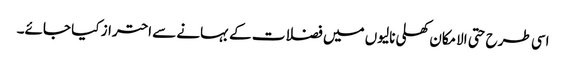
اسی طرح حتی الامکان کھلی نالیوں میں فضلات کے بہانے سے احتراز کیا جائے۔